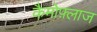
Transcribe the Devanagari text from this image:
कैमोफ़्लाज